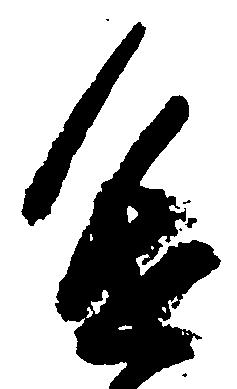
進